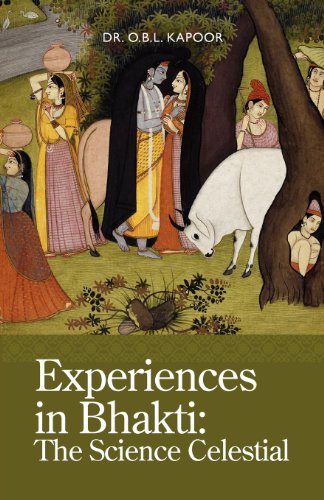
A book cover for Experiences in Bhakti: The Science Celestial; O. B. L. Kapoor; Religion & Spirituality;